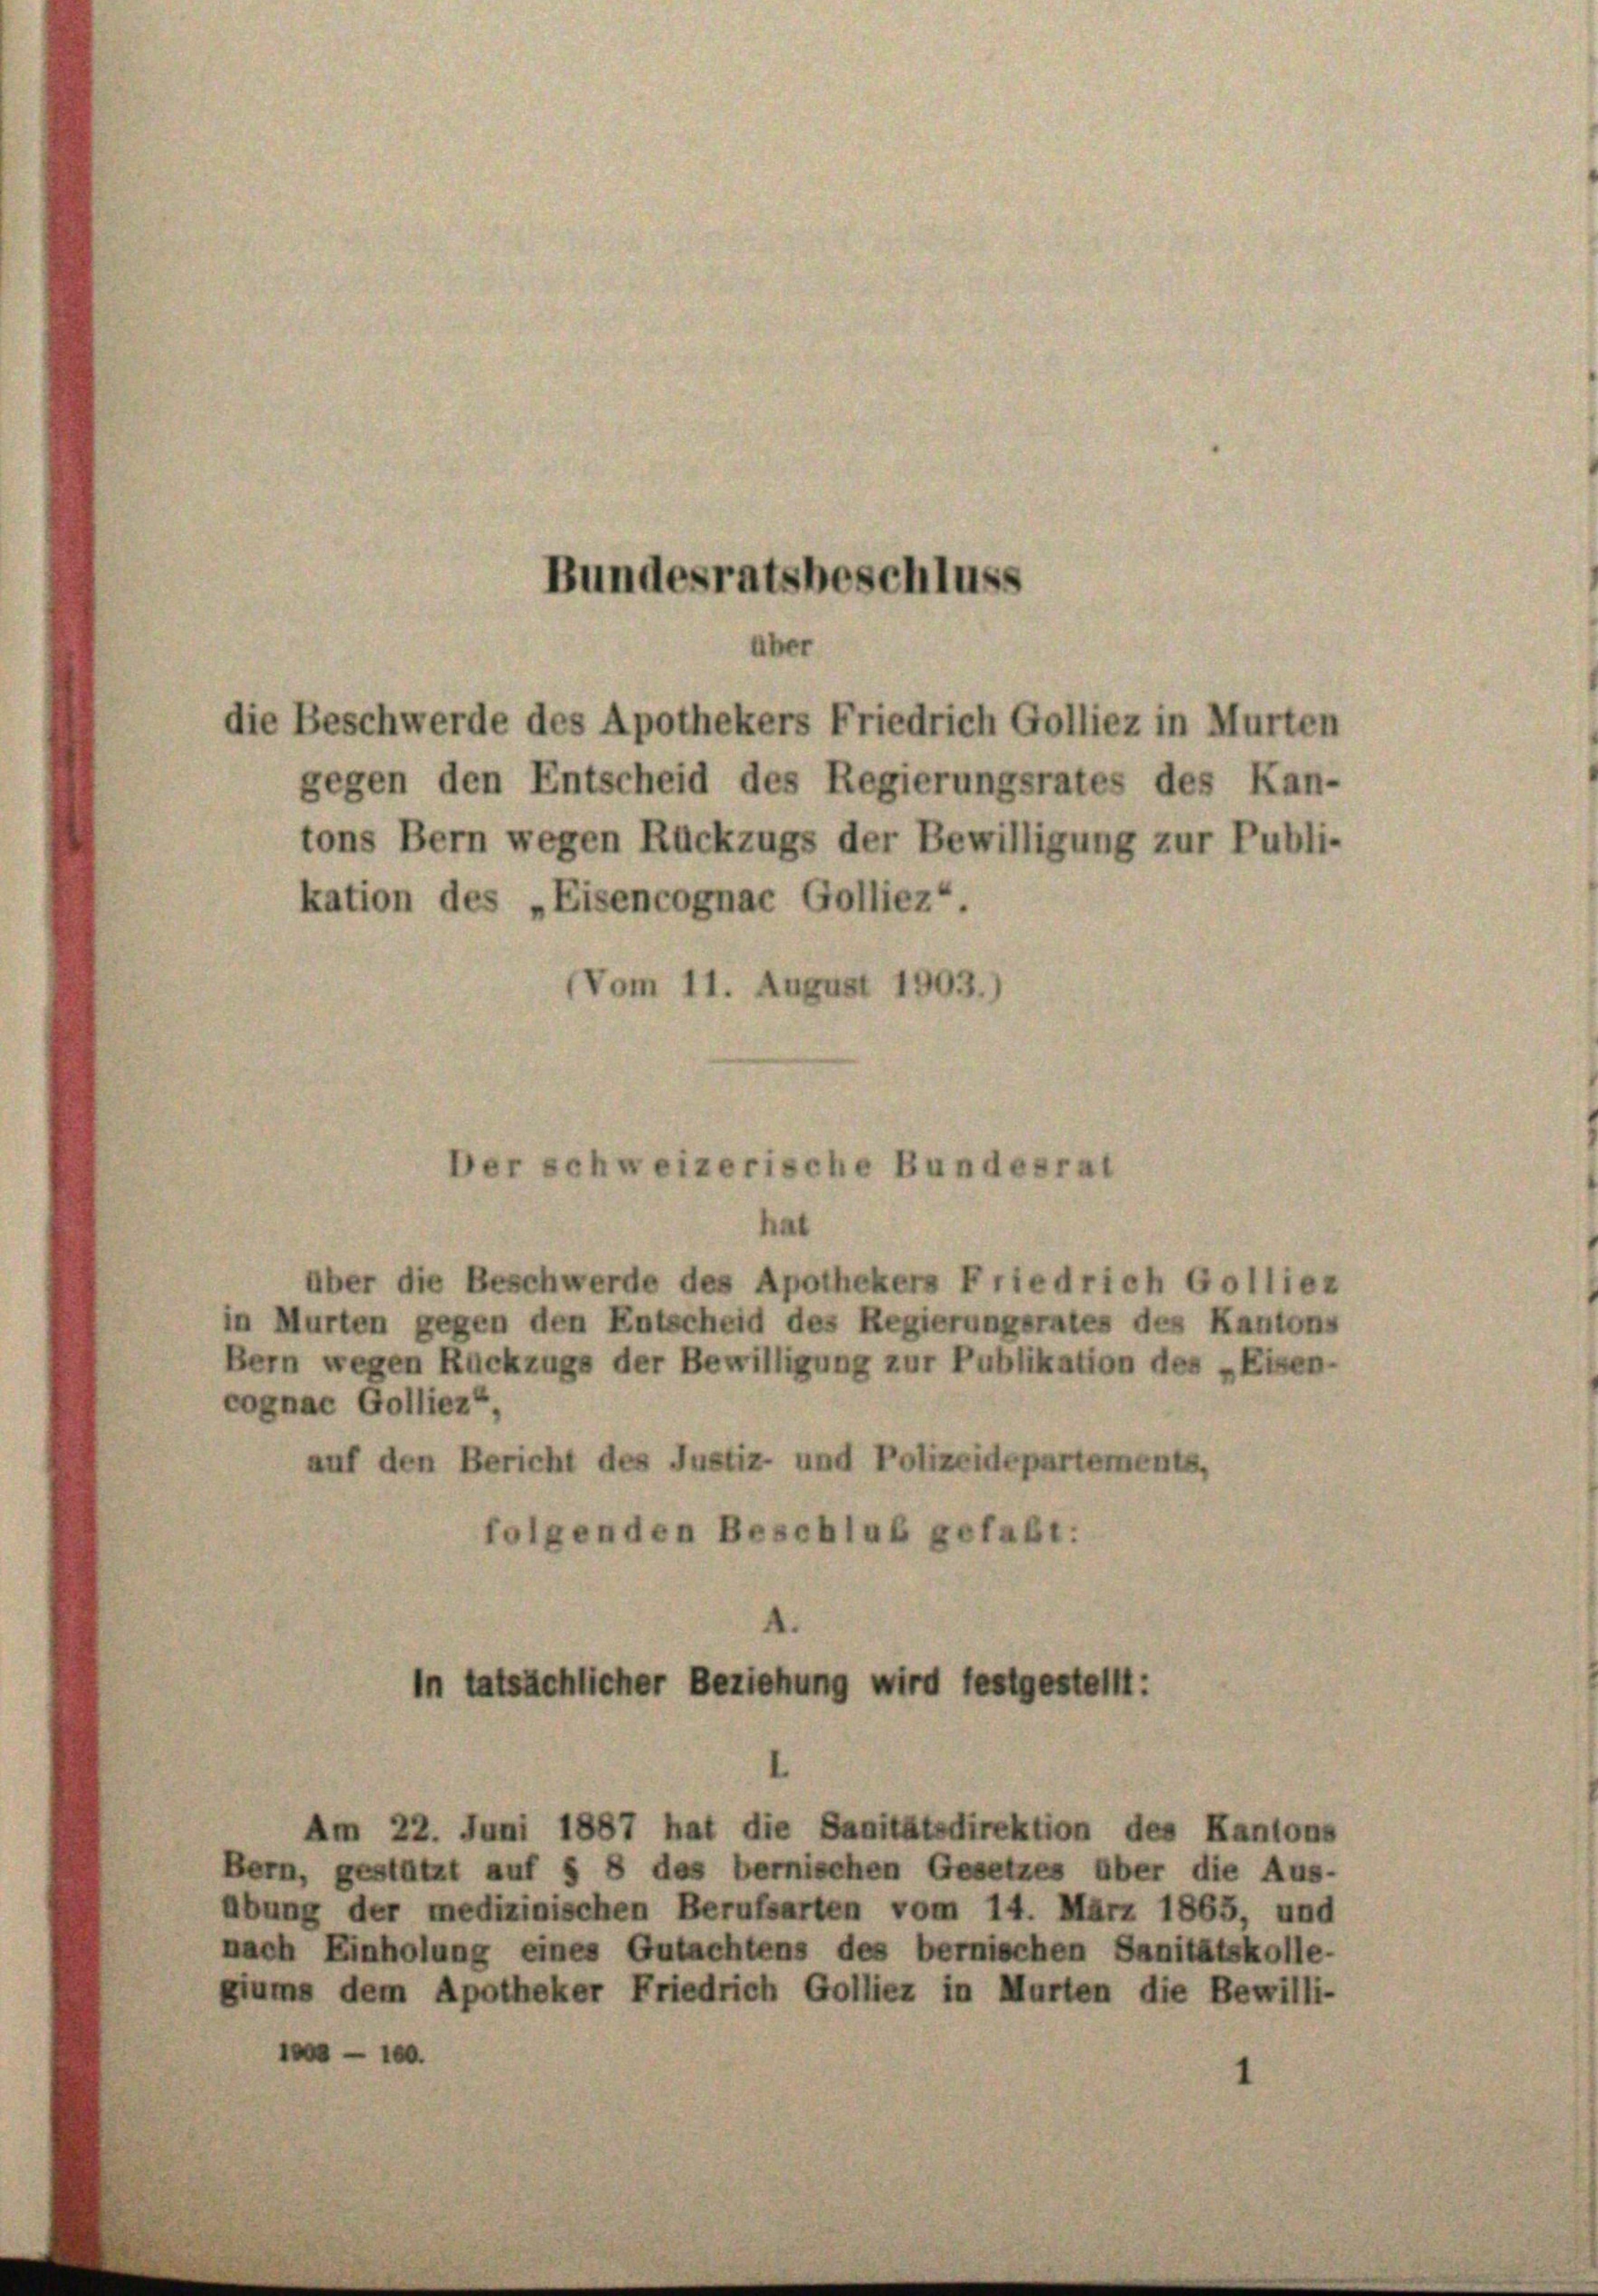
Bundesratsbeschluss
über
die Beschwerde des Apothekers Friedrich Golliez in Murten
gegen den Entscheid des Regierungsrates des Kan-
tons Bern wegen Rückzugs der Bewilligung zur Publi-

kation des „Eisencognac Golliez“.
Vom 11. August 1903.

Der schweizerische Bundesrat

hat
über die Beschwerde des Apothekers Friedrich Golliez
in Murten gegen den Entscheid des Regierungsrates des Kantons
Bern wegen Rückzugs der Bewilligung zur Publikation des „Eisen-
cognae Golliez“
auf den Bericht des Justiz- und Polizeidepartements,
folgenden Beschluß gefaßt:

In tatsächlicher Beziehung wird festgestellt:

Am 22. Juni 1887 hat die Sanitätsdirektion des Kantons
Bern, gestützt auf § 8 des bernischen Gesetzes über die Aus-
übung der medizinischen Berufsarten vom 14. März 1865, und
nach Einholung eines Gutachtens des bernischen Sanitätskolle-
giums dem Apotheker Friedrich Golliez in Murten die Bewilli-
1 - 10.
1